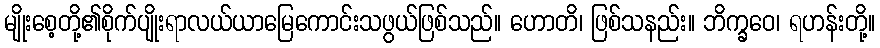
မျိုးစေ့တို့၏စိုက်ပျိုးရာလယ်ယာမြေကောင်းသဖွယ်ဖြစ်သည်။ ဟောတိ၊ ဖြစ်သနည်း။ ဘိက္ခဝေ၊ ရဟန်းတို့။